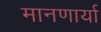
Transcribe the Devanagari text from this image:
मानणार्या